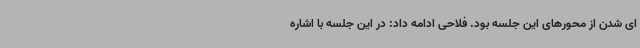
ای شدن از محورهای این جلسه بود. فلاحی ادامه داد: در این جلسه با اشاره